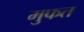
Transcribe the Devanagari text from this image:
मुफत